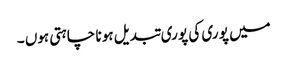
میں پو ری کی پو ری تبدیل ہو نا چاہتی ہوں ۔